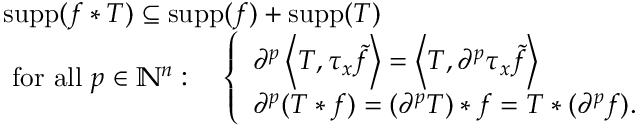
{ \begin{array} { r l } & { \operatorname { s u p p } ( f \ast T ) \subseteq \operatorname { s u p p } ( f ) + \operatorname { s u p p } ( T ) } \\ & { { \mathrm { ~ f o r ~ a l l ~ } } p \in \mathbb { N } ^ { n } : \quad { \left\{ \begin{array} { l l } { \partial ^ { p } \left\langle T , \tau _ { x } { \tilde { f } } \right\rangle = \left\langle T , \partial ^ { p } \tau _ { x } { \tilde { f } } \right\rangle } \\ { \partial ^ { p } ( T \ast f ) = ( \partial ^ { p } T ) \ast f = T \ast ( \partial ^ { p } f ) . } \end{array} \right. } } \end{array} }